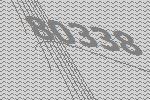
80338